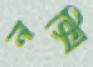
নক্সি